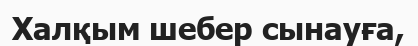
Халқым шебер сынауға,